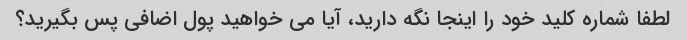
لطفا شماره کلید خود را اینجا نگه دارید، آیا می خواهید پول اضافی پس بگیرید؟